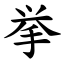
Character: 挙